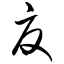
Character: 夏